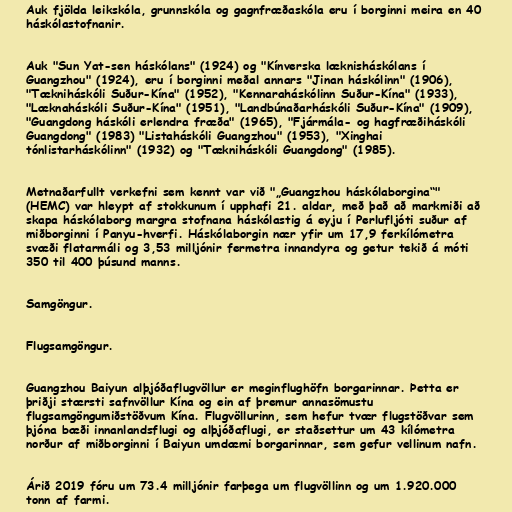
Auk fjölda leikskóla, grunnskóla og gagnfræðaskóla eru í borginni meira en 40
háskólastofnanir.

Auk "Sun Yat-sen háskólans" (1924) og "Kínverska læknisháskólans í
Guangzhou" (1924), eru í borginni meðal annars "Jinan háskólinn" (1906),
"Tækniháskóli Suður-Kína" (1952), "Kennaraháskólinn Suður-Kína" (1933),
"Læknaháskóli Suður-Kína" (1951), "Landbúnaðarháskóli Suður-Kína" (1909),
"Guangdong háskóli erlendra fræða" (1965), "Fjármála- og hagfræðiháskóli
Guangdong" (1983) "Listaháskóli Guangzhou" (1953), "Xinghai
tónlistarháskólinn" (1932) og "Tækniháskóli Guangdong" (1985).

Metnaðarfullt verkefni sem kennt var við "„Guangzhou háskólaborgina“"
(HEMC) var hleypt af stokkunum í upphafi 21. aldar, með það að markmiði að
skapa háskólaborg margra stofnana háskólastig á eyju í Perlufljóti suður af
miðborginni í Panyu-hverfi. Háskólaborgin nær yfir um 17,9 ferkílómetra
svæði flatarmáli og 3,53 milljónir fermetra innandyra og getur tekið á móti
350 til 400 þúsund manns.

Samgöngur.

Flugsamgöngur.

Guangzhou Baiyun alþjóðaflugvöllur er meginflughöfn borgarinnar. Þetta er
þriðji stærsti safnvöllur Kína og ein af þremur annasömustu
flugsamgöngumiðstöðvum Kína. Flugvöllurinn, sem hefur tvær flugstöðvar sem
þjóna bæði innanlandsflugi og alþjóðaflugi, er staðsettur um 43 kílómetra
norður af miðborginni í Baiyun umdæmi borgarinnar, sem gefur vellinum nafn.

Árið 2019 fóru um 73.4 milljónir farþega um flugvöllinn og um 1.920.000
tonn af farmi.